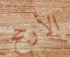
الأرجح